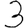
Digit: 3